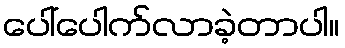
ပေါ်ပေါက်လာခဲ့တာပါ။